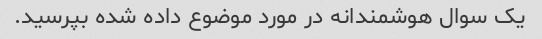
یک سوال هوشمندانه در مورد موضوع داده شده بپرسید.